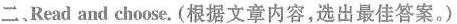
二、Read and choose. (根据文章内容,选出最佳答案。 )